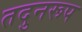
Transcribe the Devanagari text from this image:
तदुनरूप